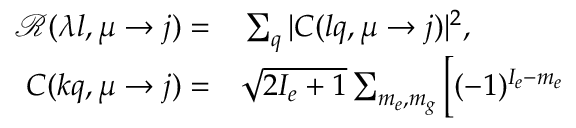
\begin{array} { r l } { \mathcal { R } ( \lambda l , \mu \to j ) = } & { { } \sum _ { q } | C ( l q , \mu \to j ) | ^ { 2 } , } \\ { C ( k q , \mu \to j ) = } & { { } \sqrt { 2 I _ { e } + 1 } \sum _ { m _ { e } , m _ { g } } \bigg [ ( - 1 ) ^ { I _ { e } - m _ { e } } } \end{array}